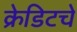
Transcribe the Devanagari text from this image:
क्रेडिटचे